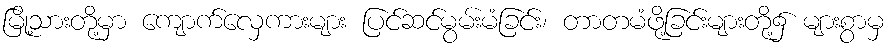
မြို့သားတို့မှာ ကျောက်လှေကားများ ပြင်ဆင်မွမ်းမံခြင်း၊ တာတမံဖို့ခြင်းများတို့၌ များစွာမှ